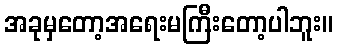
အခုမှတော့အရေးမကြီးတော့ပါဘူး။